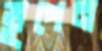
ভূপেন